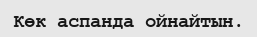
Көк аспанда ойнайтын.